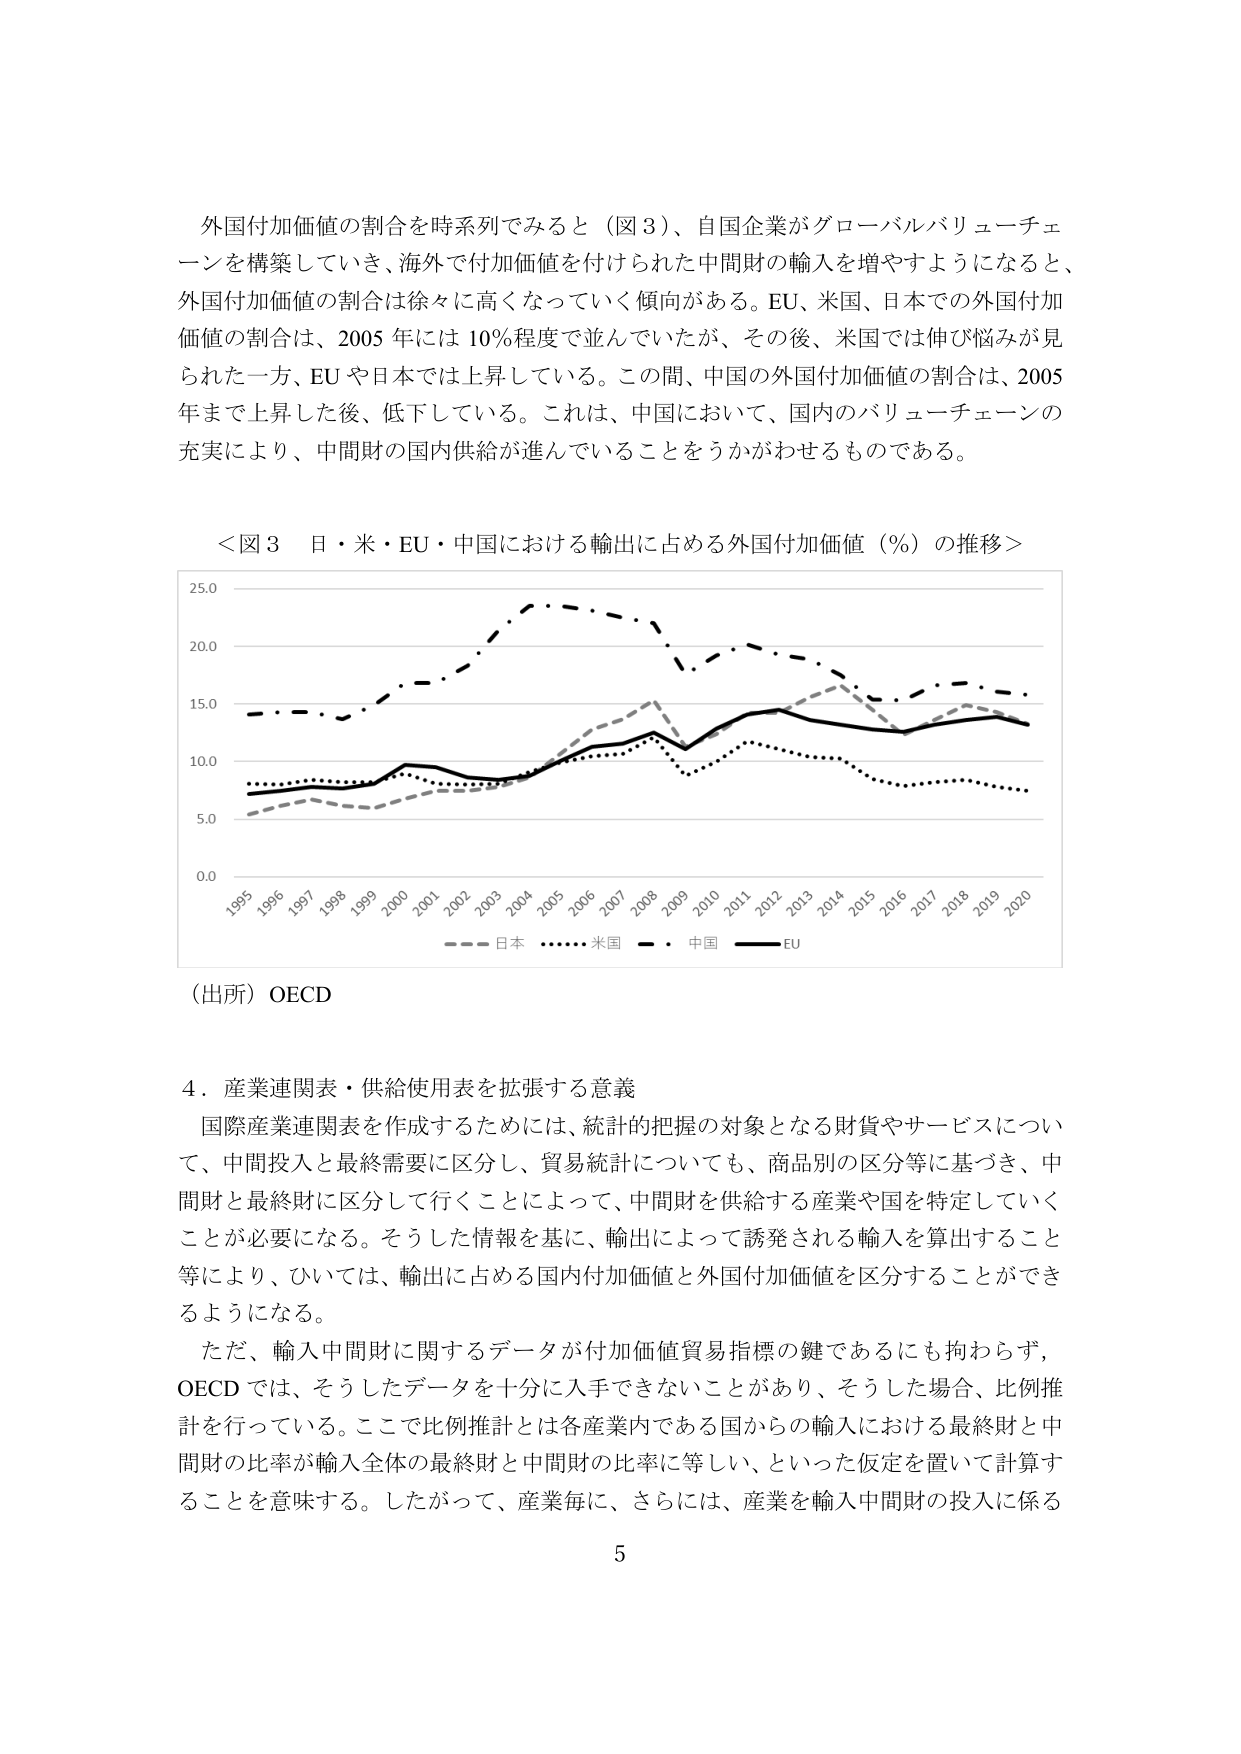
外国付加価値の割合を時系列でみると（図３）、自国企業がグローバルバリューチェーンを構築していき、海外で付加価値を付けられた中間財の輸入を増やすようになると、外国付加価値の割合は徐々に高くなっていく傾向がある。EU、米国、日本での外国付加価値の割合は、2005年には10％程度で並んでいたが、その後、米国では伸び悩みが見られた一方、EUや日本では上昇している。この間、中国の外国付加価値の割合は、2005年まで上昇した後、低下している。これは、中国において、国内のバリューチェーンの充実により、中間財の国内供給が進んでいることをうかがわせるものである。

＜図３ 日・米・EU・中国における輸出に占める外国付加価値（％）の推移＞

（出所）OECD

4．産業連関表・供給使用表を拡張する意義

国際産業連関表を作成するためには、統計的把握の対象となる財貨やサービスについて、中間投入と最終需要に区分し、貿易統計についても、商品別の区分等に基づき、中間財と最終財に区分して行くことによって、中間財を供給する産業や国を特定していくことが必要になる。そうした情報を基に、輸出によって誘発される輸入を算出すること等により、ひいては、輸出に占める国内付加価値と外国付加価値を区分することができるようになる。

ただ、輸入中間財に関するデータが付加価値貿易指標の鍵であるにも拘わらず、OECDでは、そうしたデータを十分に入手できないことがあり、そうした場合、比例推計を行っている。ここで比例推計とは各産業内である国からの輸入における最終財と中間財の比率が輸入全体の最終財と中間財の比率に等しい、といった仮定を置いて計算することを意味する。したがって、産業毎に、さらには、産業を輸入中間財の投入に係る

5